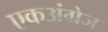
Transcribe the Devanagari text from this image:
एकअंग्रेज